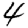
Digit: 4